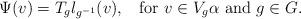
LaTeX: \begin{align*}\Psi(v)=T_gl_{g^{-1}}(v), \; \; \mbox{ for } v \in V_g\alpha \mbox{ and } g \in G.\end{align*}